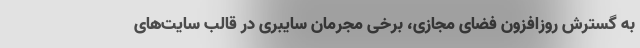
به گسترش روزافزون فضای مجازی، برخی مجرمان سایبری در قالب سایت‌های